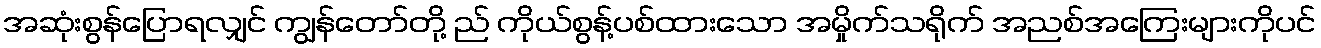
အဆုံးစွန်ပြောရလျှင် ကျွန်တော်တို့ ည် ကိုယ်စွန့်ပစ်ထားသော အမှိုက်သရိုက် အညစ်အကြေးများကိုပင်